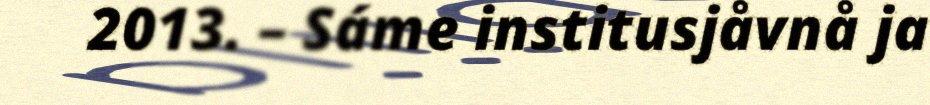
2013. – Sáme institusjåvnå ja